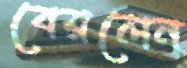
বেরলেন